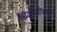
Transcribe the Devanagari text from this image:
सिद्धोजींच्या